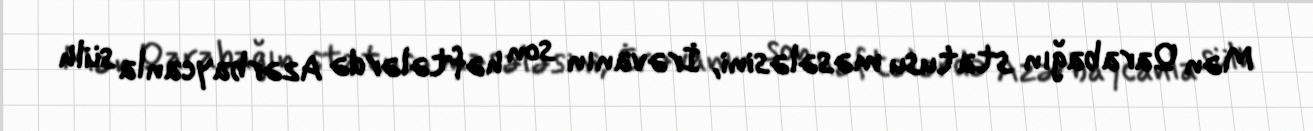
Mən Qarabağın statusu məsələsini, İrəvanın son həftələrdə Azərbaycanla sülh